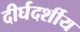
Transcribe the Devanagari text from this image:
दीर्घदर्शीय